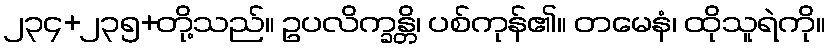
၂၃၄+၂၃၅+တို့သည်။ ဥပလိက္ခန္တိ၊ ပစ်ကုန်၏။ တမေနံ၊ ထိုသူရဲကို။